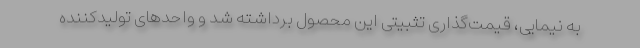
به نیمایی، قیمت‌گذاری تثبیتی این محصول برداشته شد و واحدهای تولیدکننده